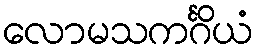
လောမသကင်္ဂိယံ